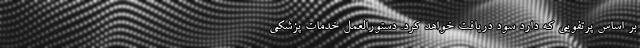
بر اساس پرتفویی که دارد سود دریافت خواهد کرد. دستورالعمل خدمات پزشکی